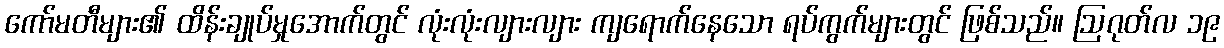
ကော်မတီများ၏ ထိန်းချုပ်မှုအောက်တွင် လုံးလုံးလျားလျား ကျရောက်နေသော ရပ်ကွက်များတွင် ဖြစ်သည်။ ဩဂုတ်လ ၁၉